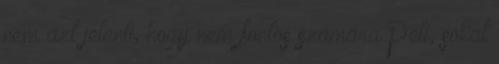
nem azt jelenti, hogy nem fontos számára Peti, sokat